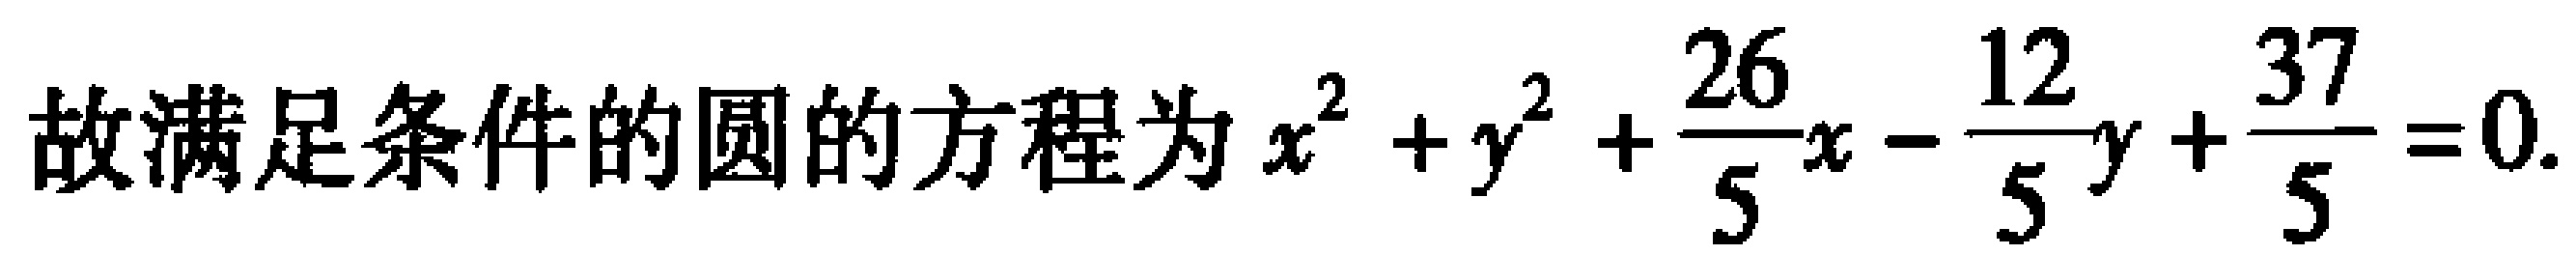
故满足条件的圆的方程为\(x^{2}+y^{2}+\frac{26}{5}x - \frac{12}{5}y+\frac{37}{5}=0\).